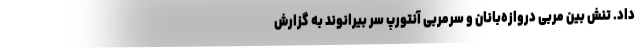
داد. تنش بین مربی دروازه‌بانان و سرمربی آنتورپ سر بیرانوند به گزارش